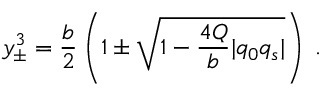
y _ { \pm } ^ { 3 } = { \frac { b } { 2 } } \left( 1 \pm \sqrt { 1 - { \frac { 4 Q } { b } } | q _ { 0 } q _ { s } | } \right) \; .